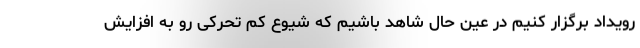
رویداد برگزار کنیم در عین حال شاهد باشیم که شیوع کم تحرکی رو به افزایش